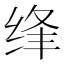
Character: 𮶂